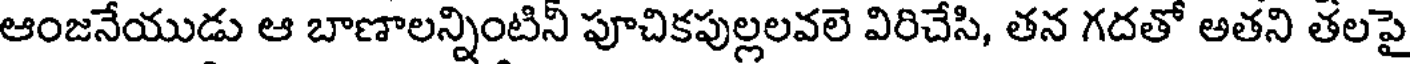
ఆంజనేయుడు ఆ బాణాలన్నింటినీ పూచికపుల్లలవలె విరిచేసి, తన గదతో అతని తలపై